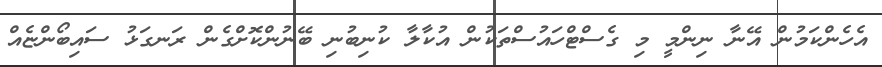
އެހެންކަމުން އޭނާ ނިންމީ މި ގެސްޓްހައުސްތަކުން އުކާލާ ކުނިބުނި ބޭނުންކޮށްގެން ރަނގަޅު ސައިބޯންޏެއް